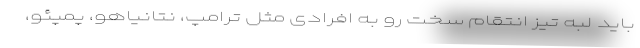
باید لبه تیز انتقام سخت رو به افرادی مثل ترامپ، نتانیاهو، پمپئو،